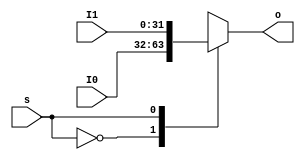
`timescale 1ns / 1ps
//////////////////////////////////////////////////////////////////////////////////
// Company: 
// Engineer: 
// 
// Design Name: 
// Module Name:    MUX2T1_32 
// Project Name: 
// Target Devices: 
// Tool versions: 
// Description: 
//
// Dependencies: 
//
// Revision: 
// Revision 0.01 - File Created
// Additional Comments: 
//
//////////////////////////////////////////////////////////////////////////////////
module  MUX2T1_32(input[31:0]I0,
						input[31:0]I1,
						input s,
						output reg [31:0]o
						 );

	always @* begin
		case (s)
			1'b0: o <= I0;
			1'b1: o <= I1;
		endcase
	end					////52,I0I101

endmodule